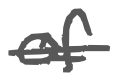
Text: of
Cross-out: mix
Writing tool: digital_gray